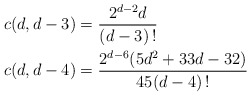
\begin{align*} c(d,d-3) & = \frac{2^{d-2}d}{(d-3)\,!} \\ c(d,d-4) & = \frac{2^{d-6}(5d^2+33d-32)}{45(d-4)\,!}\end{align*}